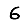
Digit: 6